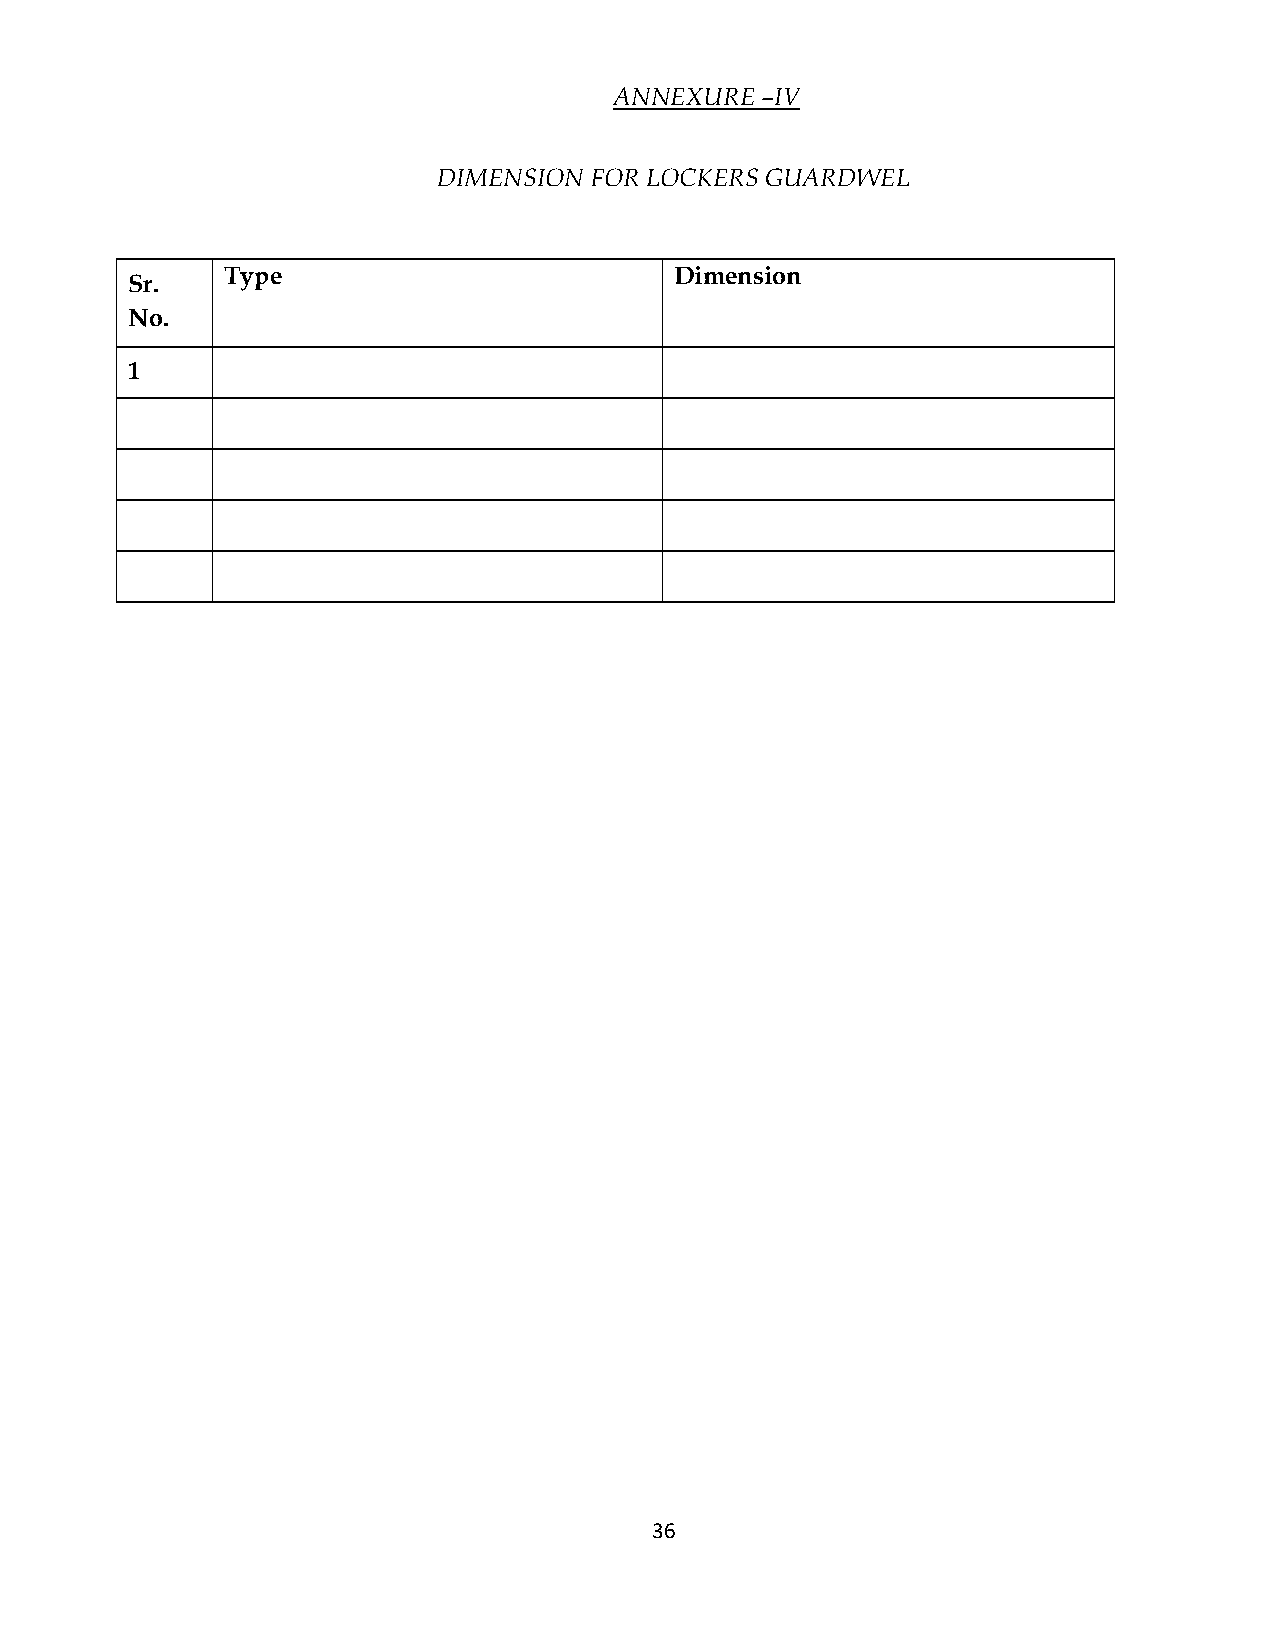
ANNEXURE –IV
 DIMENSION FOR LOCKERS GUARDWEL
 Type                          Dimension
 Sr.
 No.
 1
 36